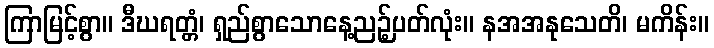
ကြာမြင့်စွာ။ ဒီဃရတ္တံ၊ ရှည်စွာသောနေ့ညဉ့်ပတ်လုံး။ နအအနုသေတိ၊ မကိန်း။